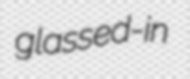
glassed-in